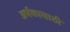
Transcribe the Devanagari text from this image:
अर्भकासाठी